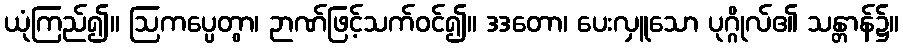
ယုံကြည်၍။ ဩကပ္ပေတွာ၊ ဉာဏ်ဖြင့်သက်ဝင်၍။ ဒဒတော၊ ပေးလှူသော ပုဂ္ဂိုလ်၏ သန္တာန်၌။